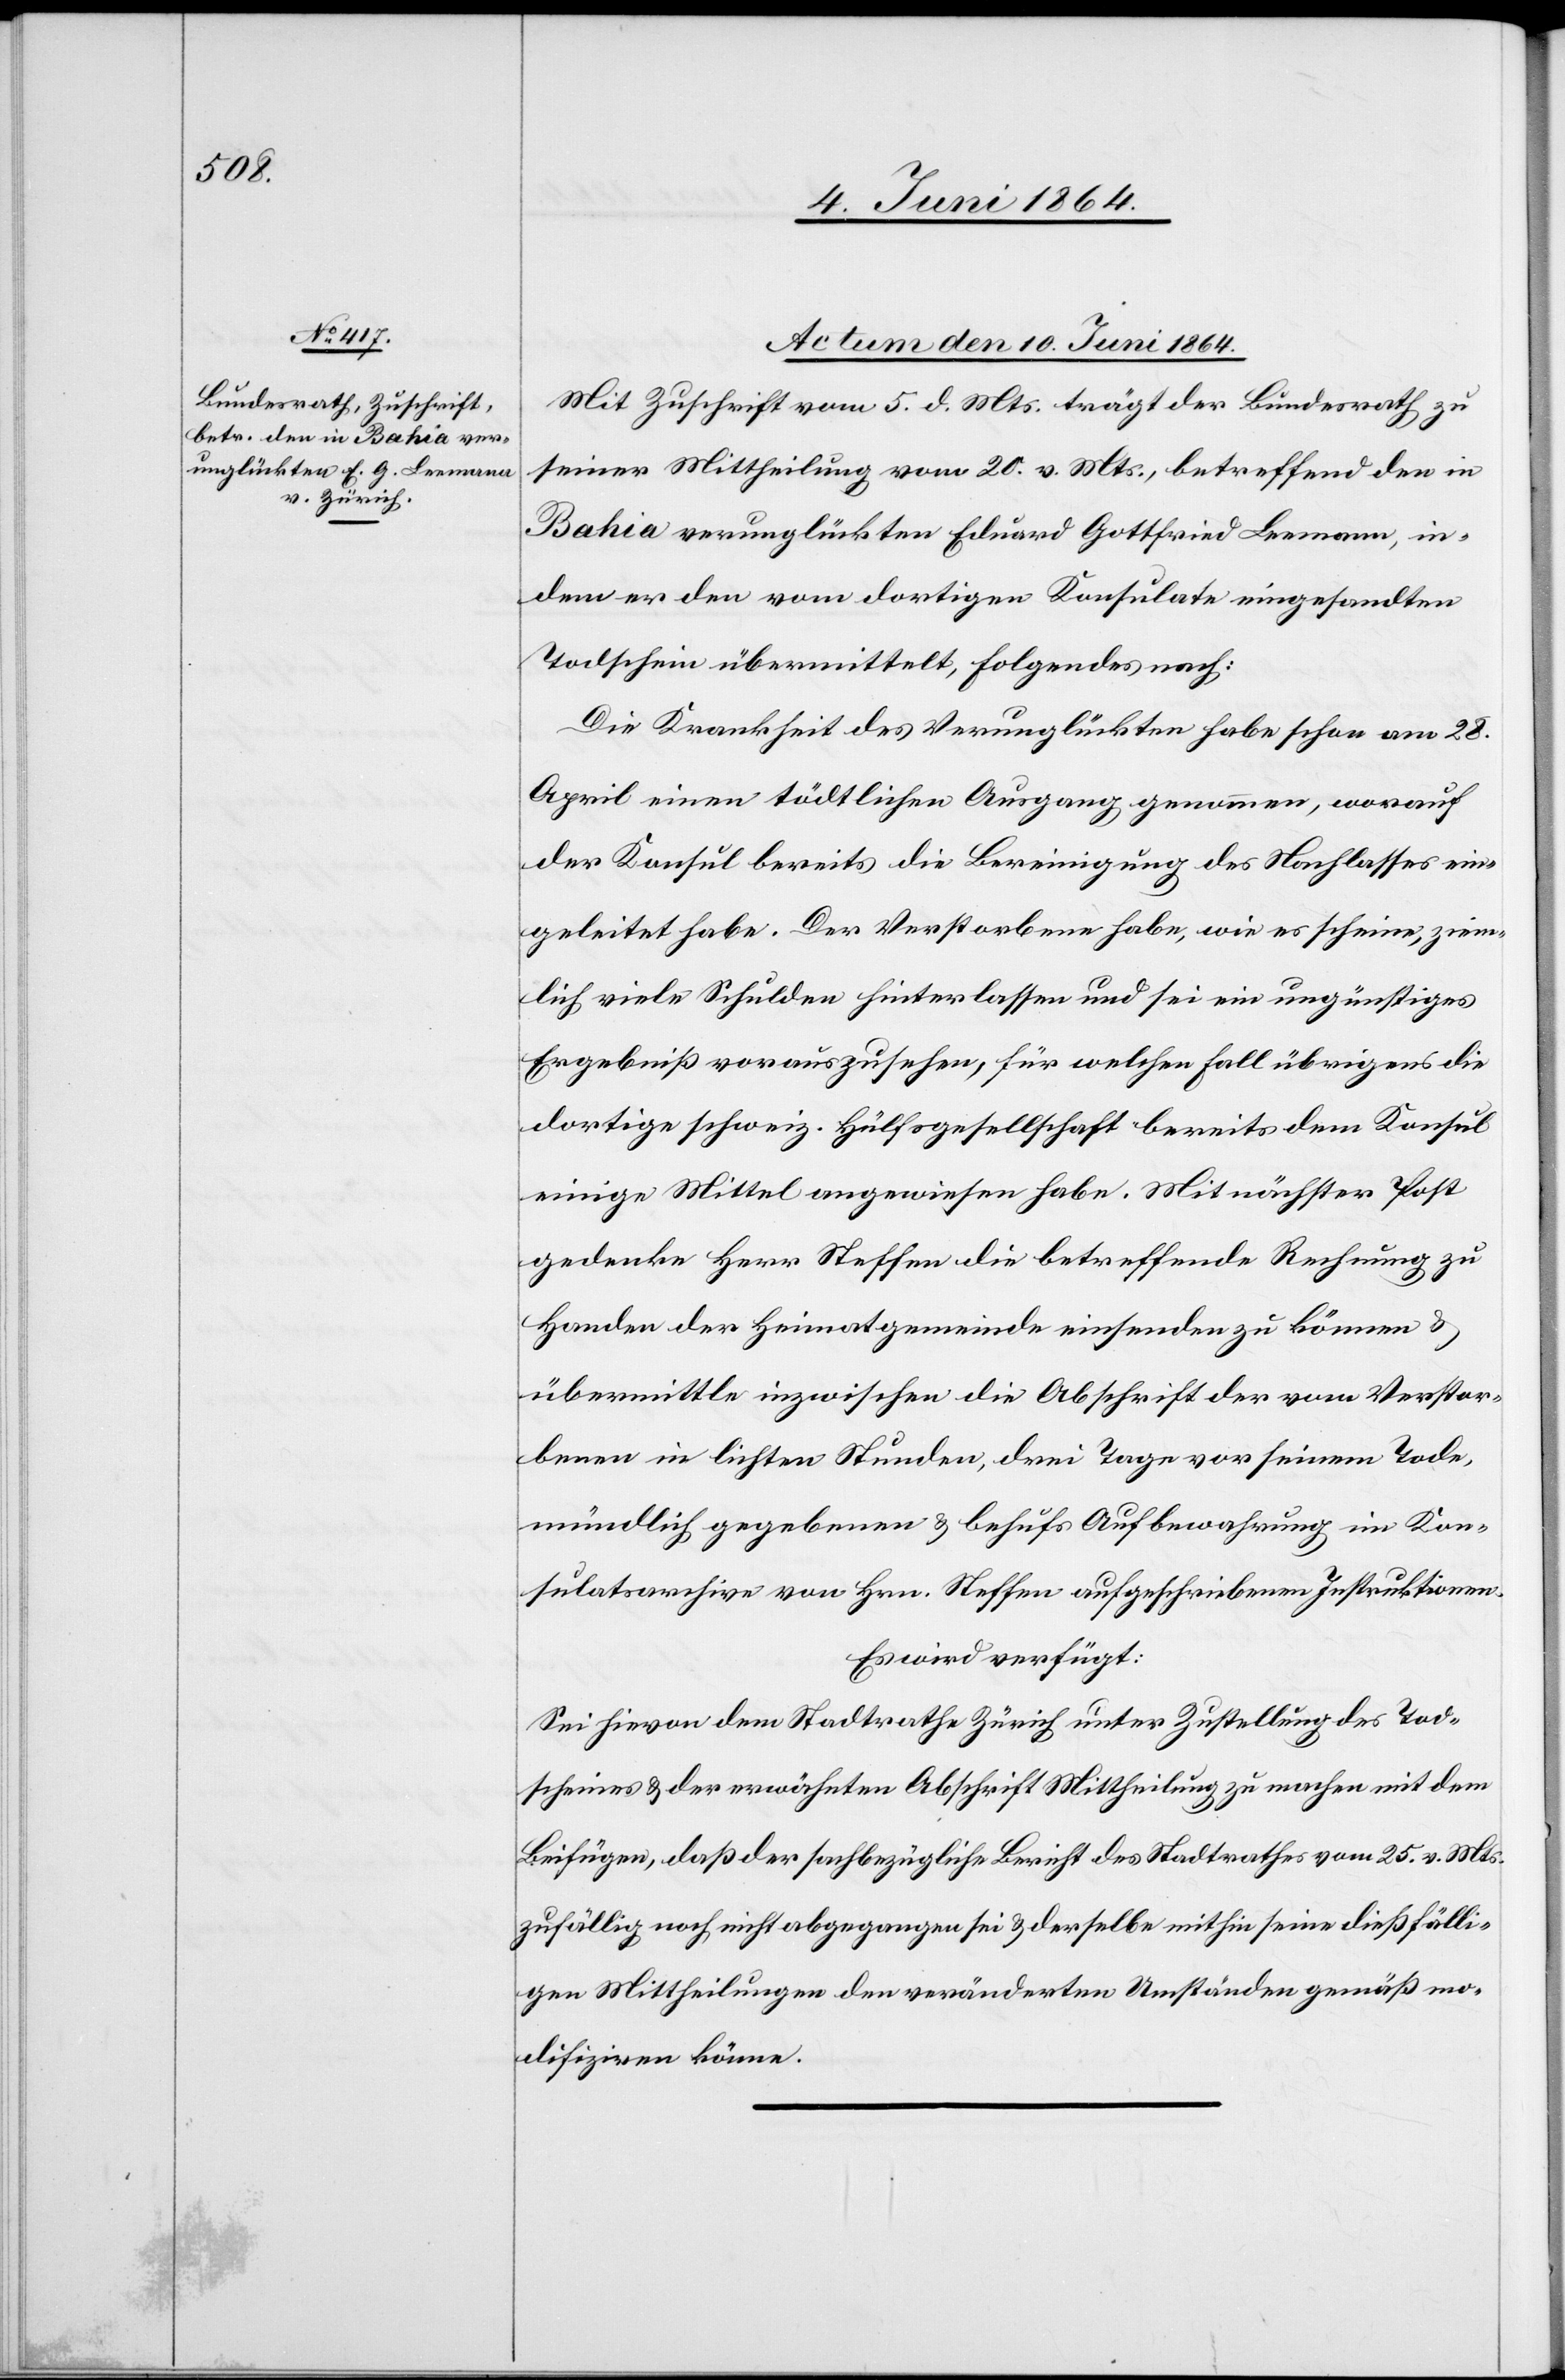
Actum den 10. Juni 1864.
Mit Zuschrift vom 5. d. Mts. trägt der Bundesrath zu
seiner Mittheilung vom 20. v. Mts., betreffend den in
Bahia verunglückten Eduard Gottfried Leemann, in¬
dem er den vom dortigen Konsulate eingesandten
Todschein übermittelt, Folgendes nach:
Die Krankheit des Verunglückten habe schon am 28.
April einen tödtlichen Ausgang genommen, worauf
der Konsul bereits die Bereinigung des Nachlasses ein¬
geleitet habe. Der Verstorbene habe, wie es scheine, ziem¬
lich viele Schulden hinterlassen und sei ein ungünstiges
Ergebniß vorauszusehen, für welchen Fall übrigens die
dortige schweiz. Hülfsgesellschaft bereits dem Konsul
einige Mittel angewiesen habe. Mit nächster Post
gedenke Herr Steffen die betreffende Rechnung zu
Handen der Heimatgemeinde einsenden zu können u.
übermittle inzwischen die Abschrift der vom Verstor¬
benen in lichten Stunden, drei Tage vor seinem Tode,
mündlich gegebenen u. behufs Aufbewahrung im Kon¬
sulatsarchive von Hrn. Steffen aufgeschriebenen Instruktionen.
Es wird verfügt:
Sei hievon dem Stadtrathe Zürich unter Zustellung des Tod¬
scheines u. der erwähnten Abschrift Mittheilung zu machen mit dem
Beifügen, daß der sachbezügliche Bericht des Stadtrathes vom 25. v. Mts.
zufällig noch nicht abgegangen sei u. derselbe mithin seine dießfälli¬
gen Mittheilung den veränderten Umständen gemäß mo¬
difizieren könne.